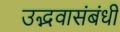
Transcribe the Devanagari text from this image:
उद्भवासंबंधी